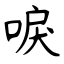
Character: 唳